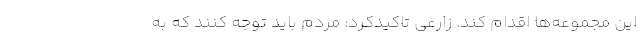
این مجموعه‌ها اقدام کند. زارعی تاکیدکرد: مردم باید توجه کنند که به